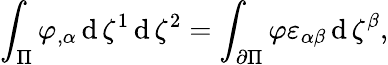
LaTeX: \int_{\Pi}\varphi_{,\alpha}\operatorname{d}\zeta^{1}\operatorname{d}\zeta^{2}=\int_{\partial\Pi}\varphi\varepsilon_{\alpha\beta}\operatorname{d}\zeta^{\beta},